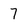
Character: 7